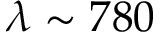
\lambda \sim 7 8 0